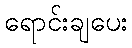
ရောင်းချပေး